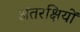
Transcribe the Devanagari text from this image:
अंतरक्षियों